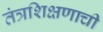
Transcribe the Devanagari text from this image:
तंत्रशिक्षणाची